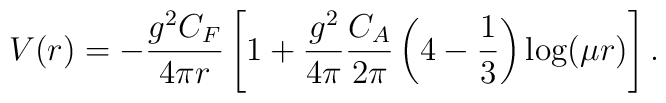
{V(r)= -\frac{g^2 C_F}{4\pi r}\left[ 1+\frac{g^2}{4\pi}\frac{C_A}{2\pi }\left( {4}-\frac13 \right)\log(\mu r) \right] }\,.